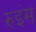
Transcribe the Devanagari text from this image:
रुइंस